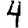
Digit: 4